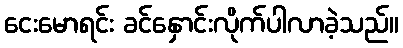
ငေးမောရင်း ခင်နှောင်းလိုက်ပါလာခဲ့သည်။